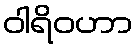
ဝါရိဝဟာ